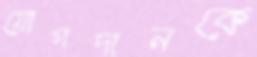
যোগদানকে